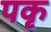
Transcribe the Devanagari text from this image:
पकृ